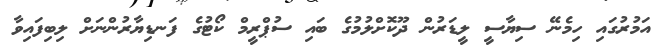
އަމުރުގައި ހިމެނޭ ސިޔާސީ ލީޑަރުން ދޫކޮށްލުމުގެ ބައި ސުޕްްރީމް ކޯޓުގެ ފަނޑިޔާރުންނަށް ލިބިފައިވާ